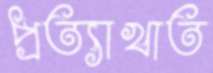
প্রত্যাখাত